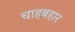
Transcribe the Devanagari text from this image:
चाहबहार